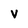
Character: V